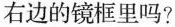
右边的镜框里吗?